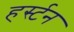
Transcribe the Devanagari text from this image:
हर्स्टन